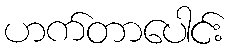
ဟက်တာပေါင်း